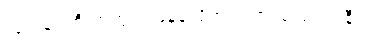
လူတန်းကြီးထဲတွင် ကခုန်လိုက်ပါလာ သည့် ဖဲင်နီ။